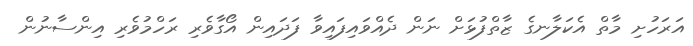
އަރަހުށި މާތް އެކަލާނގެ ޒާތްފުޅަށް ނަން ދެއްވައިފައިވާ ފަދައިން އޯގާވެރި ރަހްމުވެރި އިންސާނުން